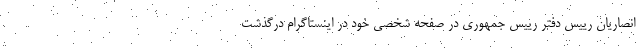
انصاریان رییس دفتر رییس جمهوری در صفحه شخصی خود در اینستاگرام درگذشت